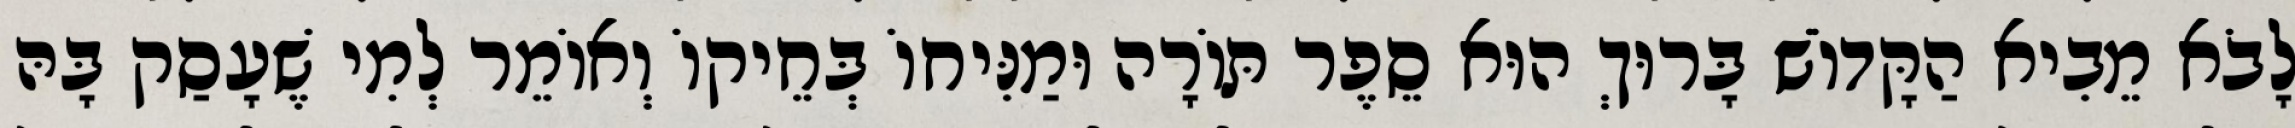
לָבֹא מֵבִיא הַקָּדוֹשׁ בָּרוּךְ הוּא סֵפֶר תּוֹרָה וּמַנִּיחוֹ בְּחֵיקוֹ וְאוֹמֵר לְמִי שֶׁעָסַק בָּהּ